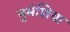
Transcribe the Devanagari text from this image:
नुमंशिया